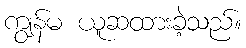
ကျွန်မ ယူဆထားခဲ့သည်။